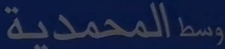
المحمدية وسط